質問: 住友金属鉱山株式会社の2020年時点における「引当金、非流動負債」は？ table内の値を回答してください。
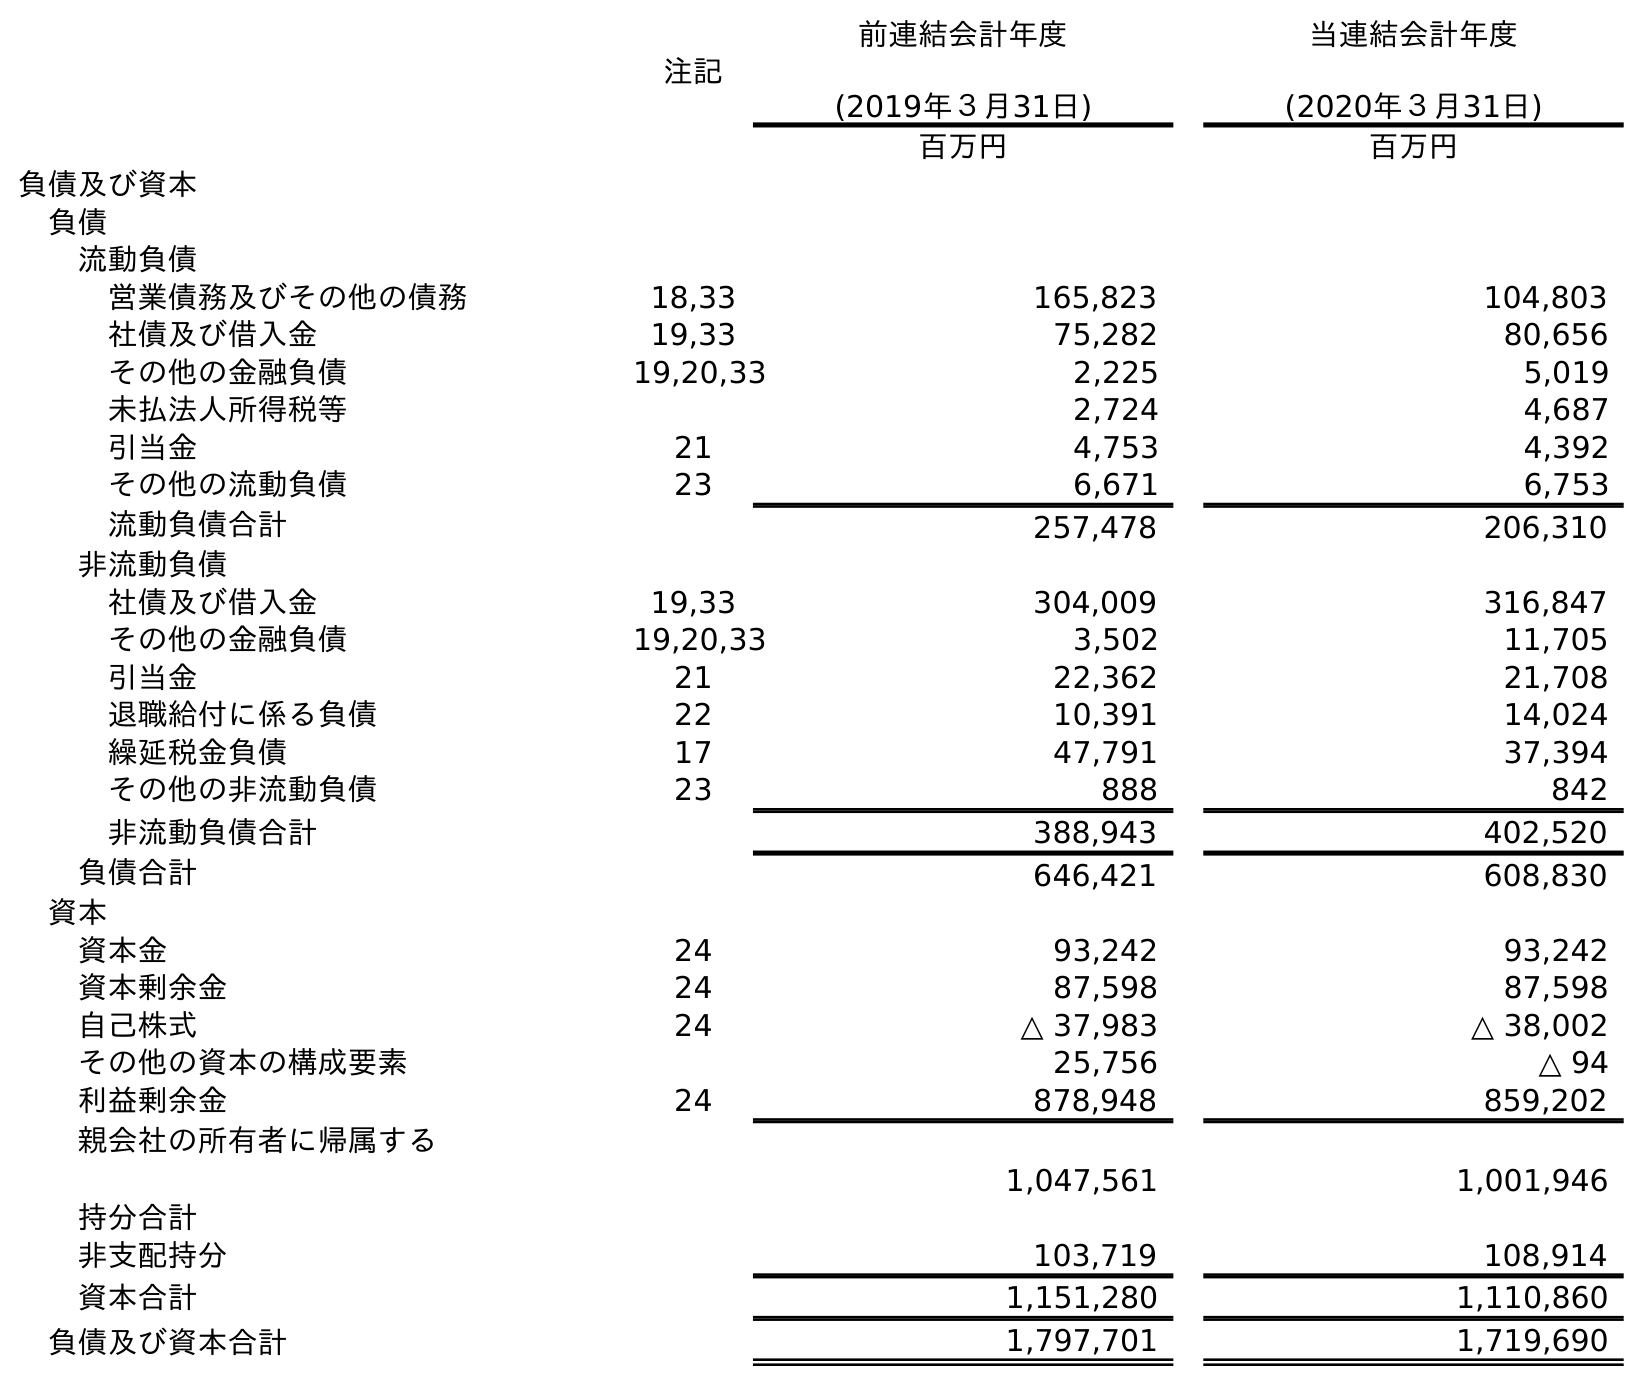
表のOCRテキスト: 注記 前連結会計年度 (2019年３月31日) 当連結会計年度 (2020年３月31日) 百万円 百万円 負債及び資本 負債 流動負債 営業債務及びその他の債務 18,33 165,823 104,803 社債及び借入金 19,33 75,282 80,656 その他の金融負債 19,20,33 2,225 5,019 未払法人所得税等 2,724 4,687 引当金 21 4,753 4,392 その他の流動負債 23 6,671 6,753 流動負債合計 257,478 206,310 非流動負債 社債及び借入金 19,33 304,009 316,847 その他の金融負債 19,20,33 3,502 11,705 引当金 21 22,362 21,708 退職給付に係る負債 22 10,391 14,024 繰延税金負債 17 47,791 37,394 その他の非流動負債 23 888 842 非流動負債合計 388,943 402,520 負債合計 646,421 608,830 資本 資本金 24 93,242 93,242 資本剰余金 24 87,598 87,598 自己株式 24 △ 37,983 △ 38,002 その他の資本の構成要素 25,756 △ 94 利益剰余金 24 878,948 859,202 親会社の所有者に帰属する 持分合計 1,047,561 1,001,946 非支配持分 103,719 108,914 資本合計 1,151,280 1,110,860 負債及び資本合計 1,797,701 1,719,690
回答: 21,708